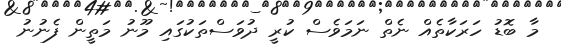
މާ ބޮޑު ހަރަކާތެއް ނެތް ނަމަވެސް ކުރީ ދުވަސްތަކުގައި މޫނު މަތީން ފެނުނު